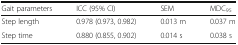
| Gait parameters | ICC (95% CI) | SEM | MDC95 |
 | --- | --- | --- | --- |
 | Step length | 0.978 (0.973, 0.982) | 0.013 m | 0.037 m |
 | Step time | 0.880 (0.855, 0.902) | 0.014 s | 0.038 s |